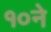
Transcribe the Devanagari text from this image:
१०ने